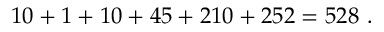
1 0 + 1 + 1 0 + 4 5 + 2 1 0 + 2 5 2 = 5 2 8 \ .